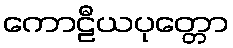
ကောဠီယပုတ္တော